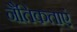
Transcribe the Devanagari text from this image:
नैतिकताएं